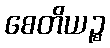
စေတိယဉ္စ